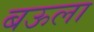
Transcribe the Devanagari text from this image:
बऊला